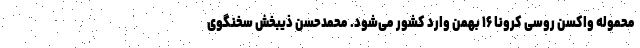
محموله واکسن روسی کرونا ۱۶ بهمن وارد کشور می‌شود. محمدحسن ذیبخش سخنگوی